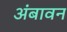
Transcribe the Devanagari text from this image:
अंबावन